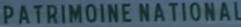
PATRIMOINE NATIONAL